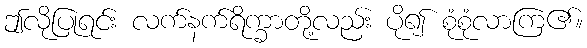
ဤလိုပြုရင်း လက်နက်ရိက္ခာတို့လည်း ပို၍ စုံစုံလာကြ၏။